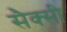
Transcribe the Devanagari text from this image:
सैक्सी